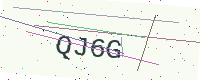
Text: QJ6G